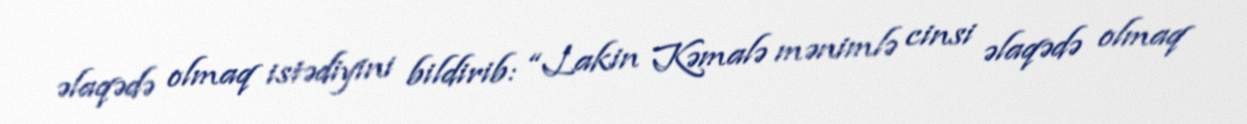
əlaqədə olmaq istədiyini bildirib: “Lakin Kəmalə mənimlə cinsi əlaqədə olmaq